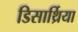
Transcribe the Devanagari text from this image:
डिसार्थ्रिया